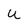
Character: U